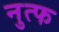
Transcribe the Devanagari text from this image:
नुत्फ